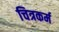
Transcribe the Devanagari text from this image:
चित्रकर्म